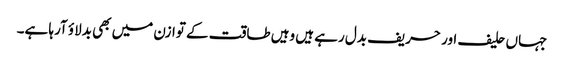
جہاں حلیف اور حریف بدل رہے ہیں وہیں طاقت کے توازن میں بھی بدلاؤ آرہا ہے۔